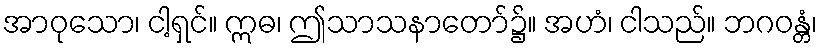
အာဝုသော၊ ငါ့ရှင်။ ဣဓ၊ ဤသာသနာတော်၌။ အဟံ၊ ငါသည်။ ဘဂဝန္တံ၊